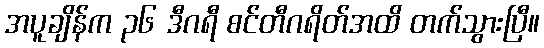
အပူချိန်က ၃၆ ဒီဂရီ စင်တီဂရိတ်အထိ တက်သွားပြီ။